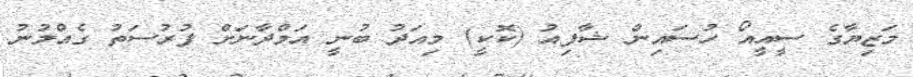
މަޒިޔާގެ ސީއީއޯ ހުސައިން ޝާފިއު (ކޮކީ) މިއަދު ބުނީ އަމްދާނަށް ފުރުސަތު ގެއްލުނު